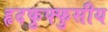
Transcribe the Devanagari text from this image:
हृदफुफ्फुसीय